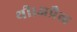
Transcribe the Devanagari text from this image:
थी।अप्रैल